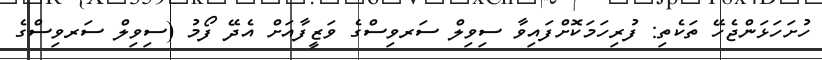
ހުށަހަޅަންޖެހޭ ތަކެތި: ފުރިހަމަކޮށްފައިވާ ސިވިލް ސަރވިސްގެ ވަޒީފާއަށް އެދޭ ފޯމު (ސިވިލް ސަރވިސްގެ